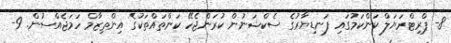
8- ޕްރިޓްރަޔަލް ކަންކަމުގައި ފަނޑިޔާރުގެ ސެކްޝަނުން ކުރަންޖެހޭ ކަންތައްތަކުގެ އިންތިޒާމް ހަމަޖެއްސުން. 9-